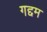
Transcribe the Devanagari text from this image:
गद्दम